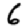
Digit: 6